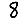
Digit: 8